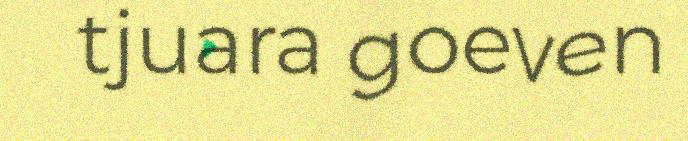
tjuara goeven